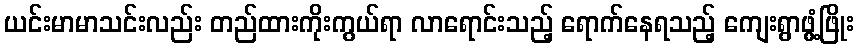
ယင်းမာမာသင်းလည်း တည်ထားကိုးကွယ်ရာ လာရောင်းသည့် ရောက်နေရသည့် ကျေးရွာဖွံ့ဖြိုး